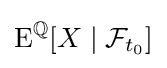
\operatorname {E} ^{\mathbb {Q} }[X\mid {\mathcal {F}}_{t_{0}}]